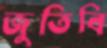
জুতিবি